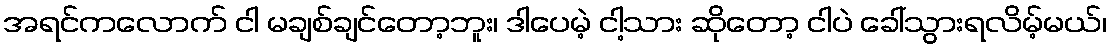
အရင်ကလောက် ငါ မချစ်ချင်တော့ဘူး၊ ဒါပေမဲ့ ငါ့သား ဆိုတော့ ငါပဲ ခေါ်သွားရလိမ့်မယ်၊